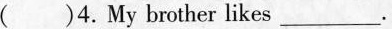
()4.My brother likes ___.